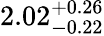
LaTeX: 2.02_{-0.22}^{+0.26}